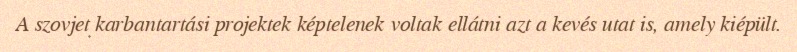
A szovjet karbantartási projektek képtelenek voltak ellátni azt a kevés utat is, amely kiépült.